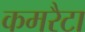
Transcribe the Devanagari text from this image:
कमरैटा